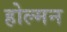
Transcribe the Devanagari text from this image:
होल्मन